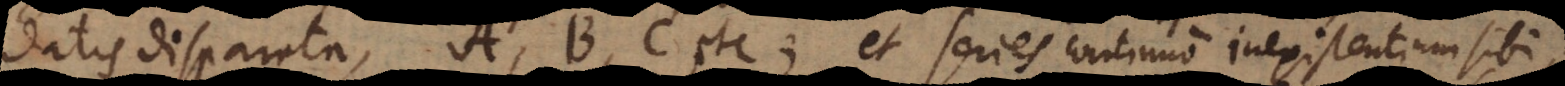
datis disparata, A, B, C etc.; et series continuo inexistentium sibi,